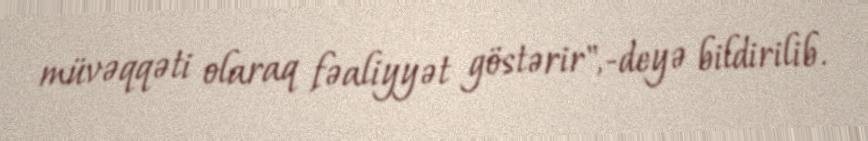
müvəqqəti olaraq fəaliyyət göstərir",-deyə bildirilib.